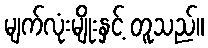
မျက်လုံးမျိုးနှင့် တူသည်။